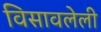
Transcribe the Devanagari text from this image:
विसावलेली